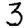
Digit: 3